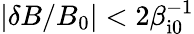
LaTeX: |\delta B/B_{0}|<2\beta_{\mathrm{i0}}^{-1}